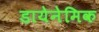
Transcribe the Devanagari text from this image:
डायेनेमिक